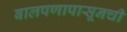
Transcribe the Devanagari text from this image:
बालपणापासूनची